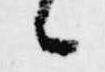
候